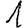
Digit: 1